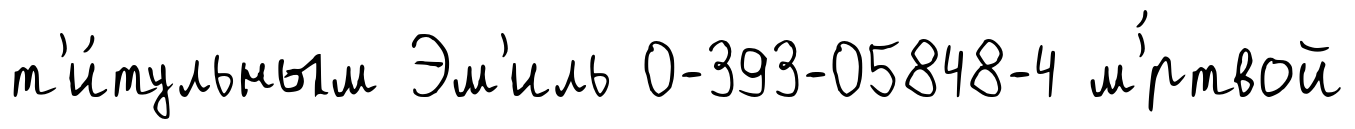
т'и́тульным Эм'иль 0-393-05848-4 м'́ртвой